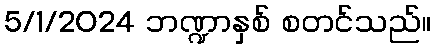
5/1/2024 ဘဏ္ဍာနှစ် စတင်သည်။